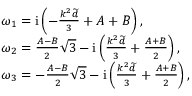
\begin{array} { r l } & { \omega _ { 1 } = \mathrm { i } \left( - \frac { k ^ { 2 } \widetilde { d } } { 3 } + A + B \right) , } \\ & { \omega _ { 2 } = \frac { A - B } { 2 } \sqrt { 3 } - \mathrm { i } \left( \frac { k ^ { 2 } \widetilde { d } } { 3 } + \frac { A + B } { 2 } \right) , } \\ & { \omega _ { 3 } = - \frac { A - B } { 2 } \sqrt { 3 } - \mathrm { i } \left( \frac { k ^ { 2 } \widetilde { d } } { 3 } + \frac { A + B } { 2 } \right) , } \end{array}